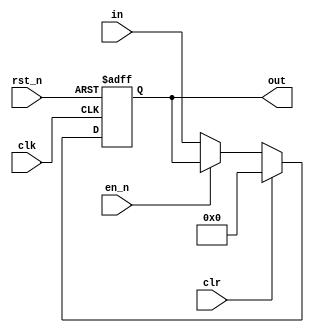
`timescale 1ns/1ns


module ff_4b(in, out, clk, en_n, rst_n, clr);

input clk, en_n, rst_n, clr;
input [3:0] in;
output reg [3:0] out;


always @(posedge clk or negedge rst_n)
begin
    if (~rst_n)
    begin
        out <= 4'b0;
    end
    else if (clr)
    begin
        out <= 4'b0;
    end
    else if (~en_n)
    begin
        out <= in;
    end
end
endmodule